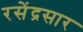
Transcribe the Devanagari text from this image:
रसेंद्रसार